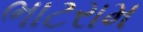
ભાટરામ